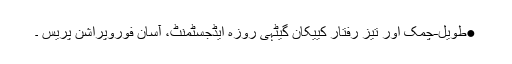
●طویل-چمک اور تیز رفتار کییکان گیٹہی روزہ ایڈجسٹمنٹ، آسان فوروپراشن پریس ۔